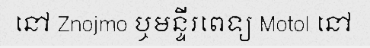
នៅ Znojmo ឬមន្ទីរពេទ្យ Motol នៅ